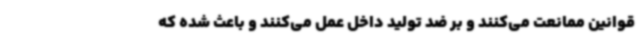
قوانین ممانعت می‌کنند و بر ضد تولید داخل عمل می‌کنند و باعث شده که